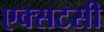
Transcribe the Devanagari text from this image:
एक्सटसी